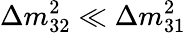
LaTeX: \Delta{m}_{32}^{2}\ll\Delta{m}_{31}^{2}